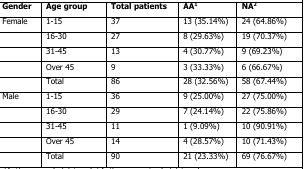
<table><thead><tr><td><b>Gender</b></td><td><b>Age group</b></td><td><b>Total patients</b></td><td><b>AA<sup>1</sup></b></td><td><b>NA<sup>2</sup></b></td></tr></thead><tbody><tr><td>Female</td><td>1-15</td><td>37</td><td>13 (35.14%)</td><td>24 (64.86%)</td></tr><tr><td></td><td>16-30</td><td>27</td><td>8 (29.63%)</td><td>19 (70.37%)</td></tr><tr><td></td><td>31-45</td><td>13</td><td>4 (30.77%)</td><td>9 (69.23%)</td></tr><tr><td></td><td>Over 45</td><td>9</td><td>3 (33.33%)</td><td>6 (66.67%)</td></tr><tr><td></td><td>Total</td><td>86</td><td>28 (32.56%)</td><td>58 (67.44%)</td></tr><tr><td>Male</td><td>1-15</td><td>36</td><td>9 (25.00%)</td><td>27 (75.00%)</td></tr><tr><td></td><td>16-30</td><td>29</td><td>7 (24.14%)</td><td>22 (75.86%)</td></tr><tr><td></td><td>31-45</td><td>11</td><td>1 (9.09%)</td><td>10 (90.91%)</td></tr><tr><td></td><td>Over 45</td><td>14</td><td>4 (28.57%)</td><td>10 (71.43%)</td></tr><tr><td></td><td>Total</td><td>90</td><td>21 (23.33%)</td><td>69 (76.67%)</td></tr></tbody></table>